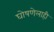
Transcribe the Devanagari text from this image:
घोषणेलाही